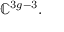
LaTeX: \mathbb { C } ^ { 3 g - 3 } .